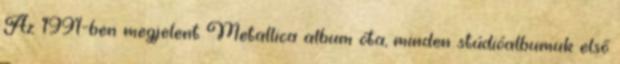
Az 1991-ben megjelent Metallica album óta, minden stúdióalbumuk első